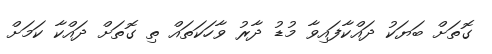
ގޮތަށް ބަޔަކު ދައްކާފައިވާ މުޑު ދާރު ވާހަކަތައް ތި ގޮތަށް ދައްކާ ކަމަށް